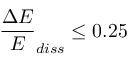
\frac { \Delta E } { E } _ { d i s s } \le 0 . 2 5